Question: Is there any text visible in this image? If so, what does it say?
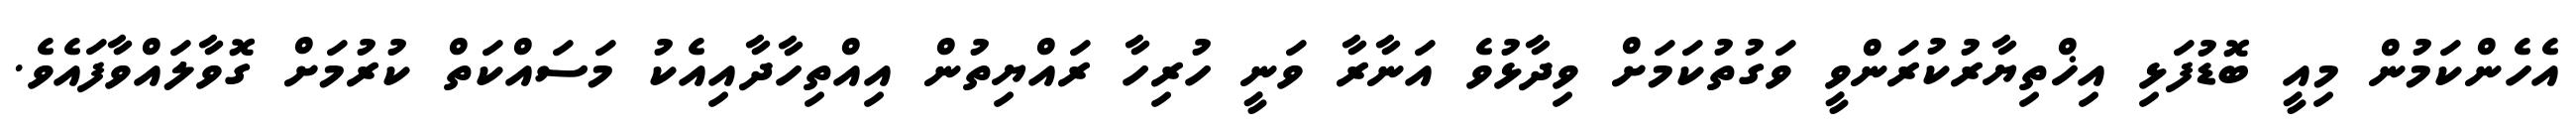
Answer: އެހެންކަމުން މިއީ ބޮޑުފަޅި އިޚްތިޔާރުކުރަންވީ ވަގުތުކަމަށް ވިދާޅުވެ އަނާރާ ވަނީ ހުރިހާ ރައްޔިތުން އިއްތިހާދާއިއެކު މަސައްކަތް ކުރުމަށް ގޮވާލައްވާފައެވެ.